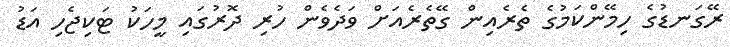
ރޭގަނޑުގެ ހިމޭންކަމުގެ ތެރެއިން ގޭތެރެއަށް ވަދެވެން ހުރި ދޮރުގައި މީހަކު ޓަކިޖެހި އަޑު